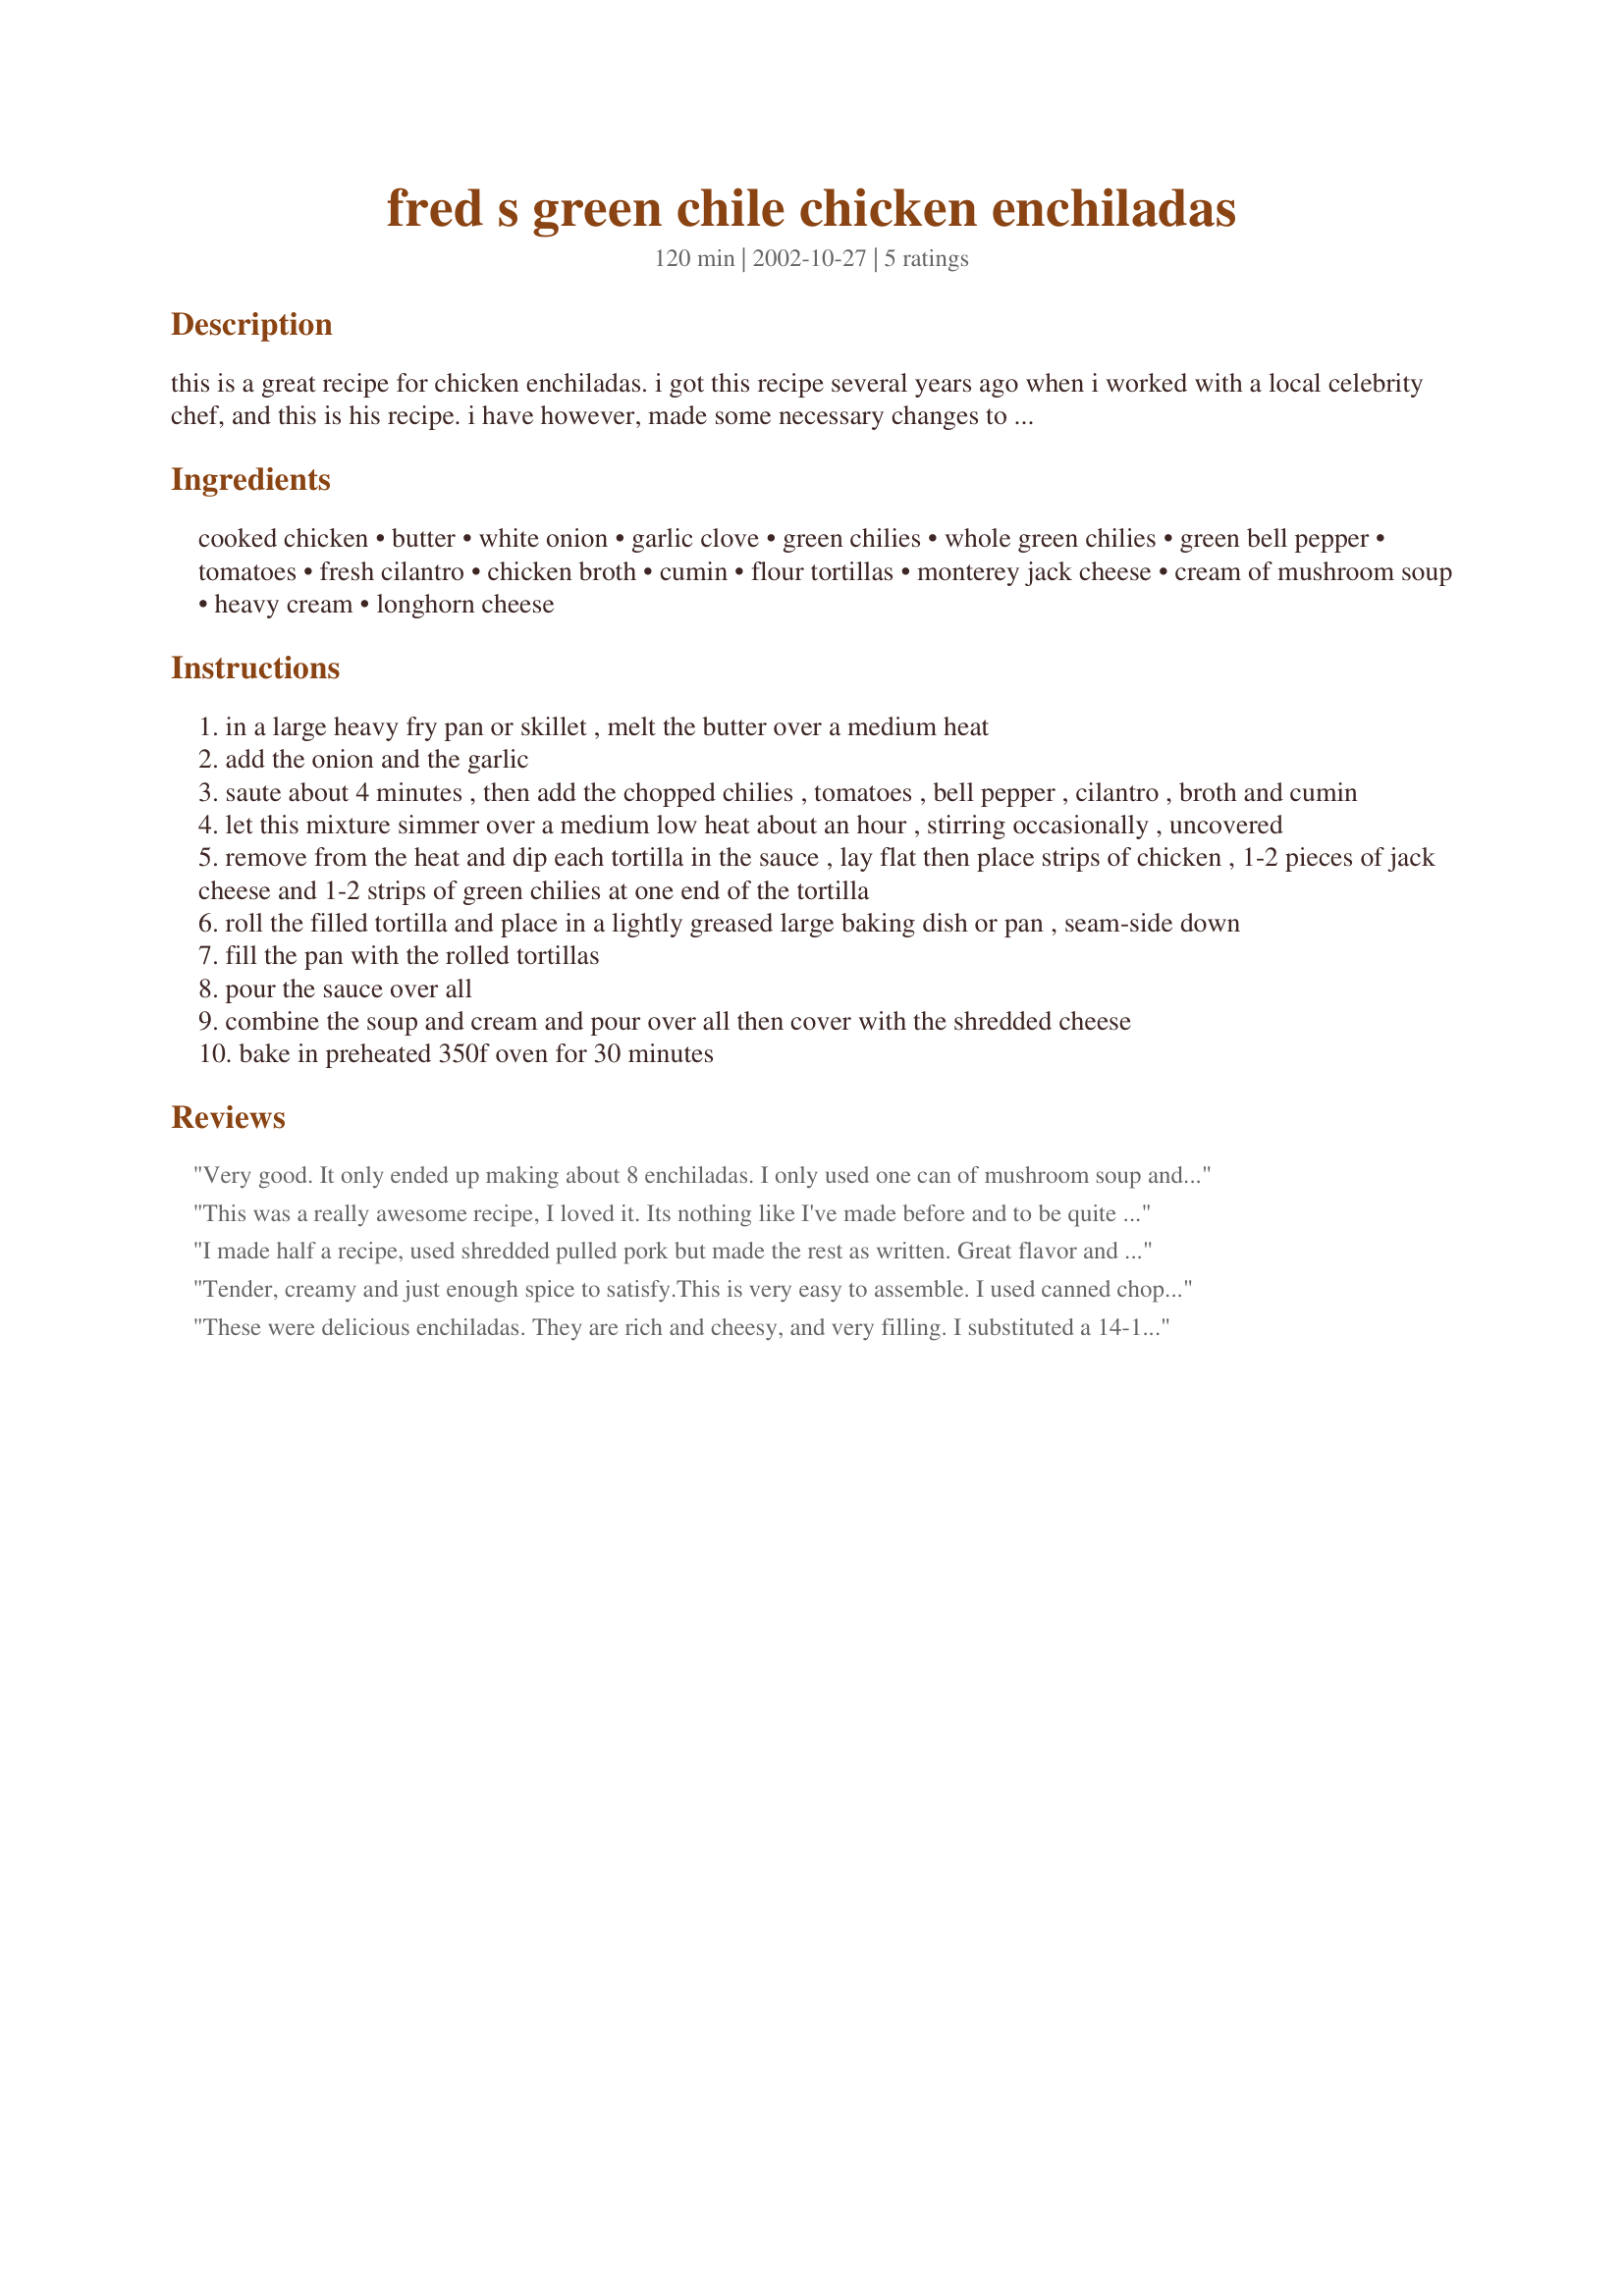
fred s green chile chicken enchiladas
Preparation time: 120 minutes

this is a great recipe for chicken enchiladas. i got this recipe several years ago when i worked with a local celebrity chef, and this is his recipe. i have however, made some necessary changes to make it not so high in fat. and 1 enchilada will fill you up!

Ingredients:
cooked chicken, butter, white onion, garlic clove, green chilies, whole green chilies, green bell pepper, tomatoes, fresh cilantro, chicken broth, cumin, flour tortillas, monterey jack cheese, cream of mushroom soup, heavy cream, longhorn cheese

Steps:
in a large heavy fry pan or skillet , melt the butter over a medium heat
add the onion and the garlic
saute about 4 minutes , then add the chopped chilies , tomatoes , bell pepper , cilantro , broth and cumin
let this mixture simmer over a medium low heat about an hour , stirring occasionally , uncovered
remove from the heat and dip each tortilla in the sauce , lay flat then place strips of chicken , 1-2 pieces of jack cheese and 1-2 strips of green chilies at one end of the tortilla
roll the filled tortilla and place in a lightly greased large baking dish or pan , seam-side down
fill the pan with the rolled tortillas
pour the sauce over all
combine the soup and cream and pour over all then cover with the shredded cheese
bake in preheated 350f oven for 30 minutes

Reviews:
Very good. It only ended up making about 8 enchiladas. I only used one can of mushroom soup and I think that was more than enough. I think with two cans it would have been way over creamy. All in all, I thought they were very good. Tasted like good family Mexican restaurant enchiladas.
This was a really awesome recipe, I loved it. Its nothing like I've made before and to be quite honest, its not what I was really looking for, but it came as a great surprise. The only mistake I made was not rolling up the enchiladas, I was low on time so I just made it as a casserole, tortillas (I used corn), chicken, sauce mixture, mushroom mixture, cheese and on, on it went until the dish was full. It was really good but at the end it had too much liquid, so next time, I'll follow the recipe as is! The sauce mixture is what really makes these enchiladas so great and I bet this mixture would go great in MIGAS, its a very popular breakfast down here in 
South Texas, so come Saturday morning, I'm going to give it a try; I can't wait. I also didn't cook the mixture for 1 hour, again I was short on time, it simmered for only 30-40 min and it still came out great! Thanks for this recipe, my DH and I will be using it over and over again.
I made half a recipe, used shredded pulled pork but made the rest as written. Great flavor and I loved the sauce. It is a very filling recipe and we only ate half a one each. Served with Recipe #73438.
Tender, creamy and just enough spice to satisfy.This is very easy to assemble. I used canned chopped tomatoes drained, and eliminated the green pepper (they don't agree with me)and chili powder instead of cumin and the result was a red sauce that was delicous.Take the time to cook it down to a medium thick sauce. The combination of the fresh cilantro and other veggies makes it all good and earned my 5 star rating. Served with dollops of sour cream and sliced avocados. Next time I will double the sauce recipe for dipping chips.
These were delicious enchiladas. They are rich and cheesy, and very filling. I substituted a 14-1/2 oz. can of undrained, "petite diced" tomatoes for the fresh tomatoes. Also, I topped the enchiladas with Mexican 4-cheese blend cheese. My family loved these and I will definitely be making them again. Thank you for sharing this wonderful recipe.
